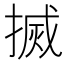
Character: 搣